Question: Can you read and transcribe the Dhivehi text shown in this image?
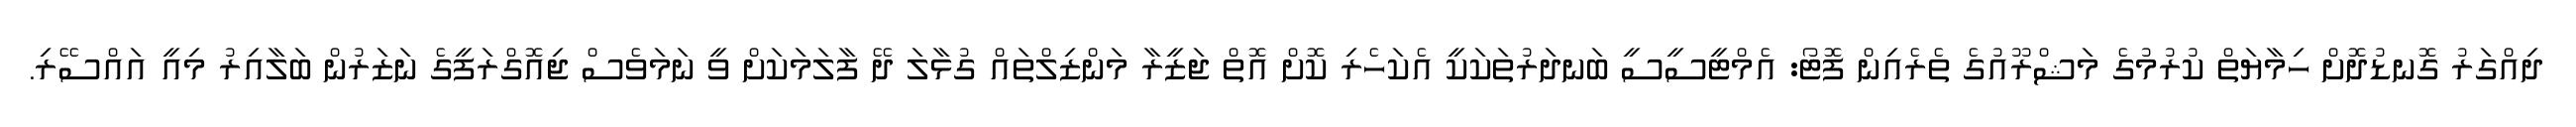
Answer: ދިއްގަރު ގޮނޑުދޮށް ހިމާޔަތް ކުރުމުގެ މަޝްރޫއުގެ ތެރެއިން ފޮޓޯ: އެމްޓީސީސީ ބަނދަރުތަކަކީ އެކަހެރި ކޮށް އޮތް ޖަޒީރާ މަންޒިލްތައް ގުޅާލަ ދޭ ފާލަމަކަށް ވީ ނަމަވެސް ޖިއޮގްރަފީގެ ނަޒަރުން ބަލާއިރު މިއީ އައްސޭރި.